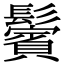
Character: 鬢